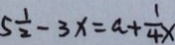
5 \frac { 1 } { 2 } - 3 x = a + \frac { 1 } { 4 } x